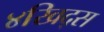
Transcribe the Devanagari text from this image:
४खिद्स